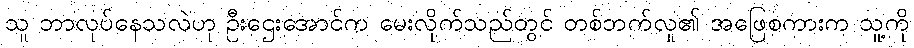
သူ ဘာလုပ်နေသလဲဟု ဦးဌေးအောင်က မေးလိုက်သည်တွင် တစ်ဘက်လူ၏ အဖြေစကားက သူ့ကို